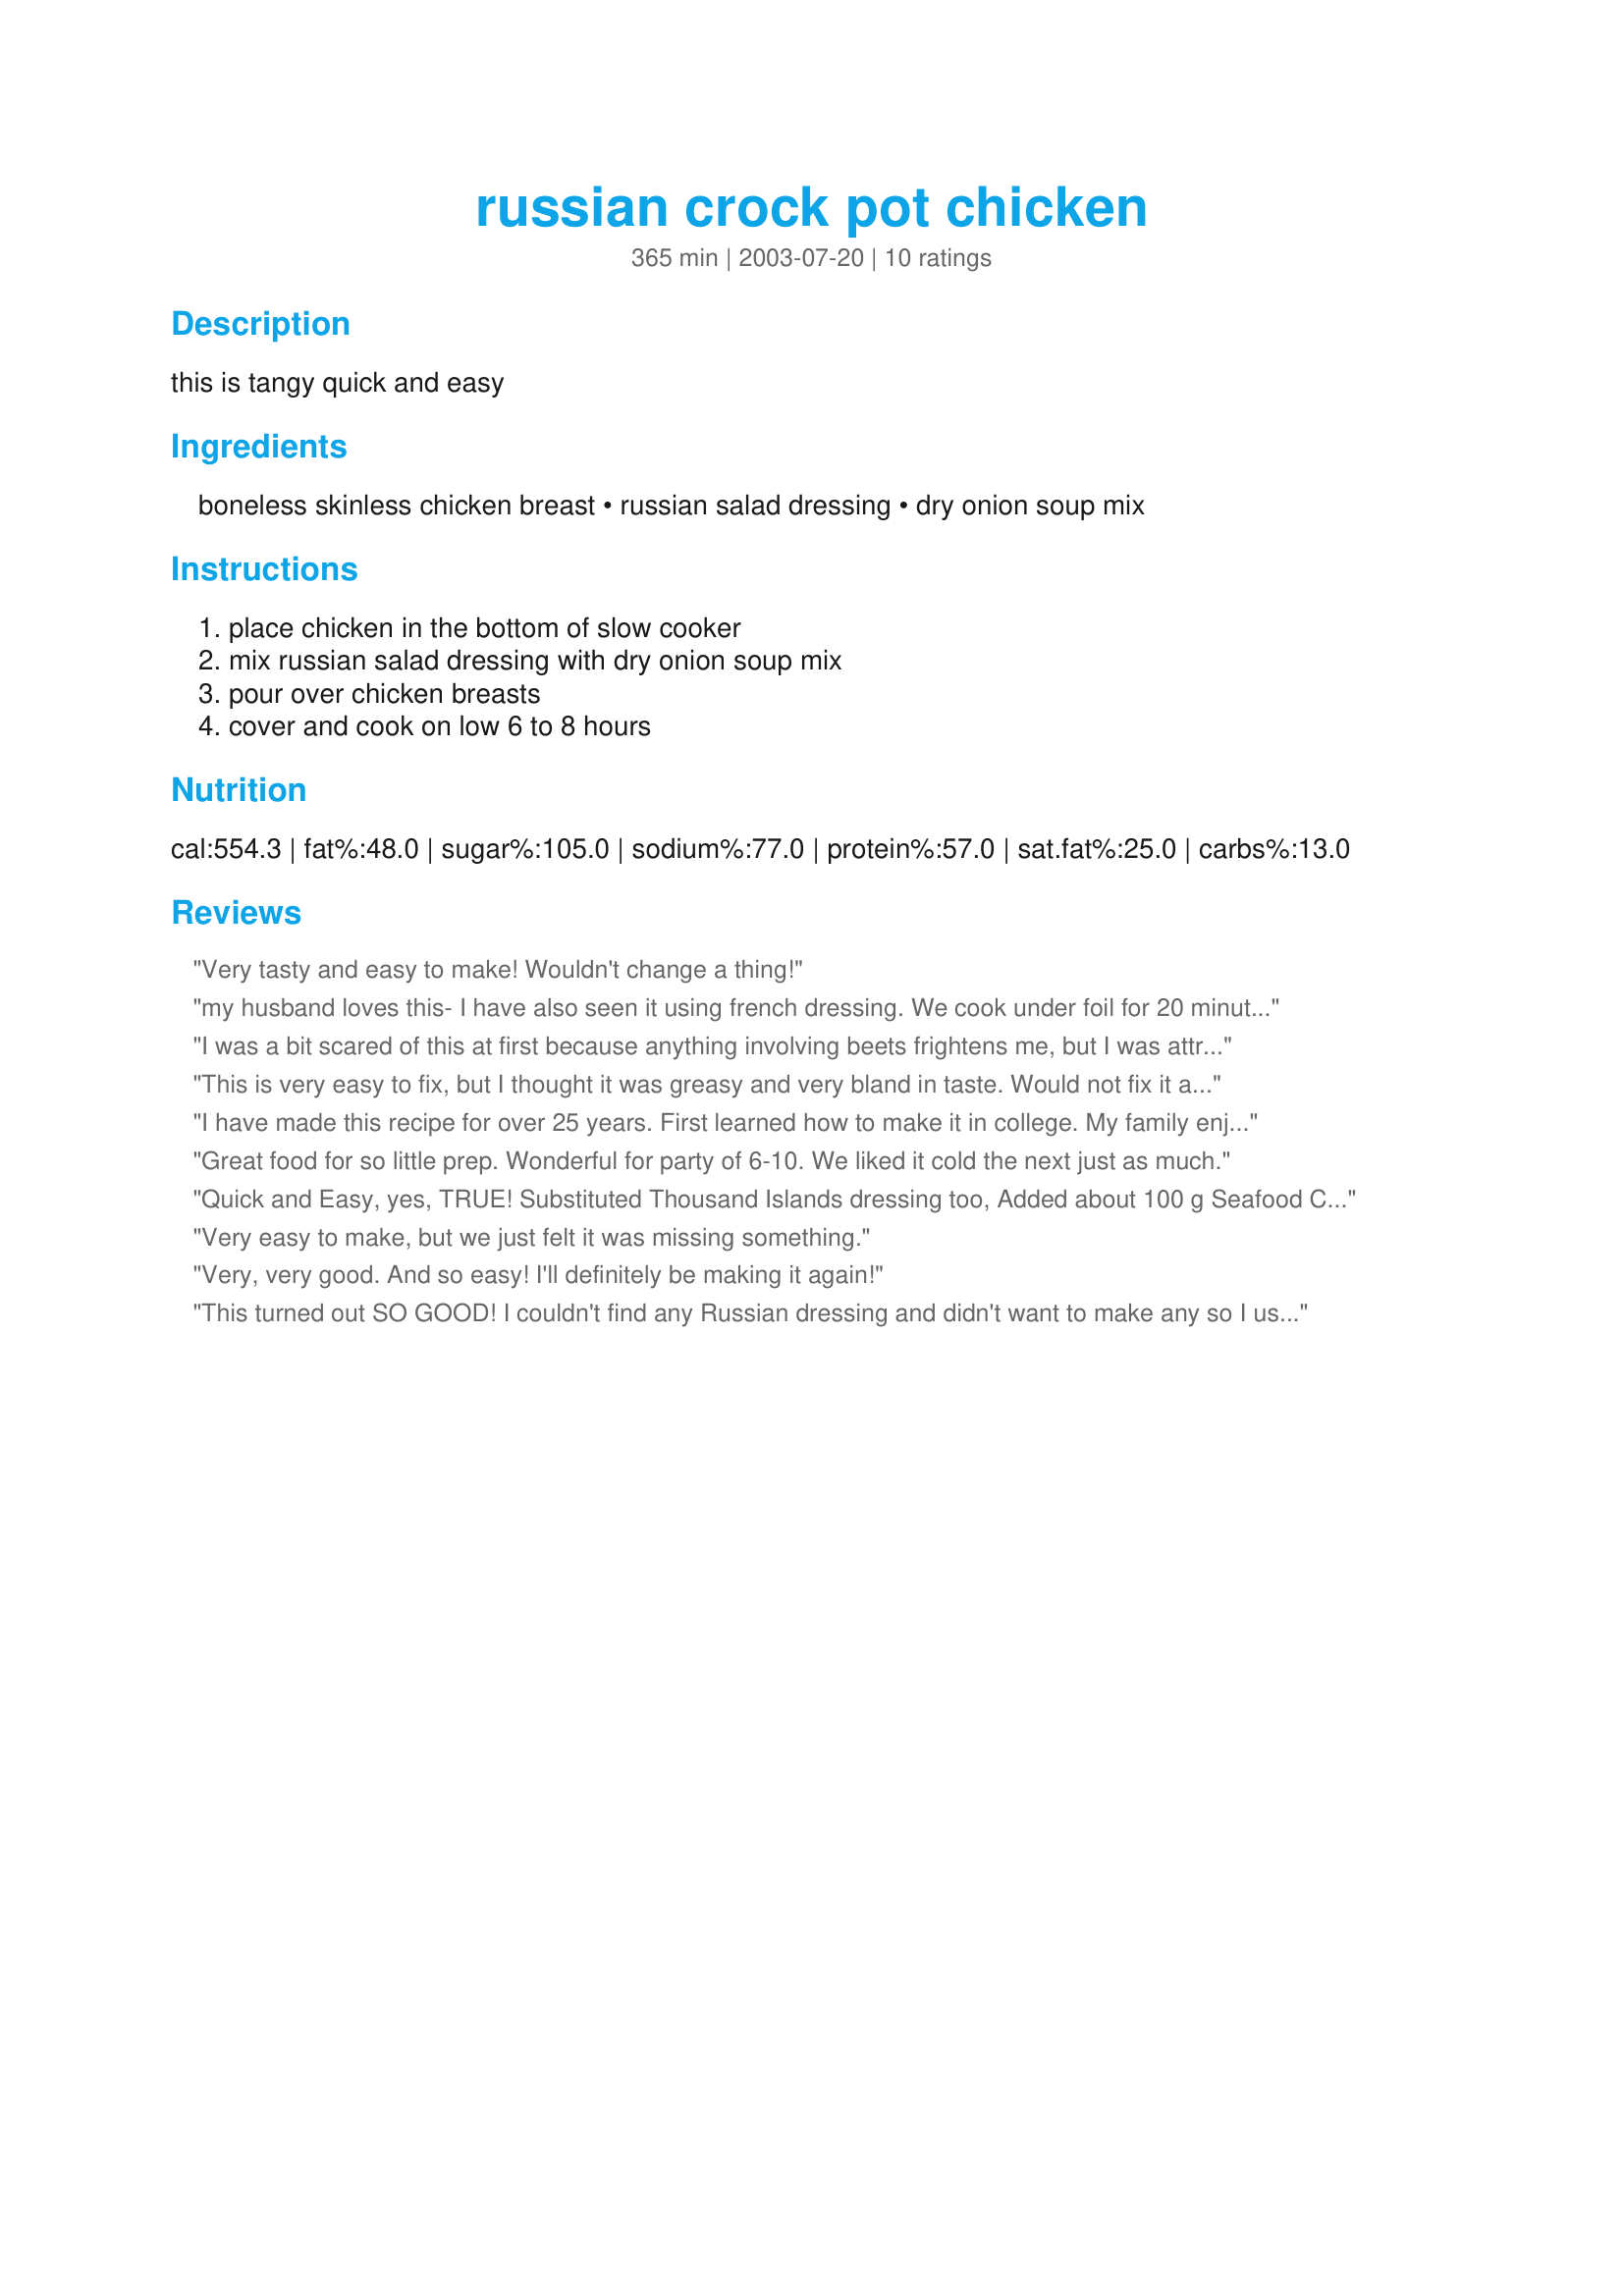
russian crock pot chicken
Preparation time: 365 minutes

this is tangy quick and easy

Ingredients:
boneless skinless chicken breast, russian salad dressing, dry onion soup mix

Steps:
place chicken in the bottom of slow cooker, mix russian salad dressing with dry onion soup mix, pour over chicken breasts, cover and cook on low 6 to 8 hours

Reviews:
Very tasty and easy to make! Wouldn't change a thing!
my husband loves this- I have also seen it using french dressing. We cook under foil for 20 minutes, then uncover and bake another 25 minutes (350) but I will try next time in the crockpot, because Tuesday night is ALWAYS slow-cooker night!!
I was a bit scared of this at first because anything involving beets frightens me, but I was attracted to it because it has such few ingredients and goes in the crock pot. I was so pleased with the results. Nice sweet and sour thing going on. Loved it! Will definitely make again. So easy to prepare. Thank you!
This is very easy to fix, but I thought it was greasy and very bland in taste. Would not fix it again.
I have made this recipe for over 25 years. First learned how to make it in college. My family enjoys this very much. You can also cook it in the oven for 1 1/2 at 365. Great with parsley potatoes and green beans.
Great food for so little prep. Wonderful for party of 6-10. We liked it cold the next just as much.
Quick and Easy, yes, TRUE!
Substituted Thousand Islands dressing too,
Added about 100 g Seafood Cocktail Sauce as well,
Cooked in less than 5 hours well!
When quick and easy is what you need,
This recipe makes a GREAT feed!
Very easy to make, but we just felt it was missing something.
Very, very good. And so easy! I'll definitely be making it again!
This turned out SO GOOD!
I couldn't find any Russian dressing and didn't want to make any so I used thousand island dsg.
I skimmed off about a 1/2 cup of pure oil and then cooked it some more. The chicken was shredded and so tender.
Great with pinto beans and rice!
